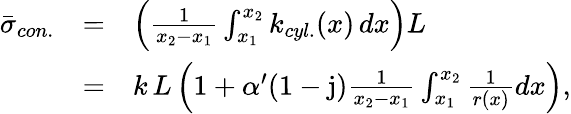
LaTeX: \begin{array}{lcl}{\bar{\sigma}_{con.}}&{=}&{\left(\frac{1}{x_{2}-x_{1}}\int_{x_{1}}^{x_{2}}{k_{cyl.}(x)\, dx}\right)L}\\ &{=}&{k\, L\left(1+\alpha^{\prime}(1-\mathrm{j})\frac{1}{x_{2}-x_{1}}\int_{x_{1}}^{x_{2}}\frac{1}{r(x)}dx\right),}\end{array}